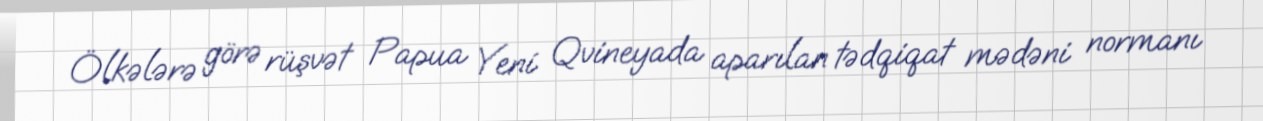
Ölkələrə görə rüşvət Papua Yeni Qvineyada aparılan tədqiqat mədəni normanı